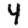
Digit: 4